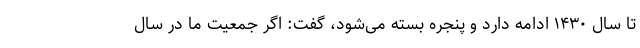
تا سال ۱۴۳۰ ادامه دارد و پنجره بسته می‌شود، گفت: اگر جمعیت ما در سال